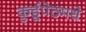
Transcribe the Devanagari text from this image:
कुर्डूपेठमधे